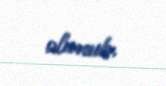
olunub.